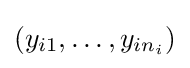
(y_{i1},\ldots ,y_{in_{i}})